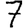
Digit: 7